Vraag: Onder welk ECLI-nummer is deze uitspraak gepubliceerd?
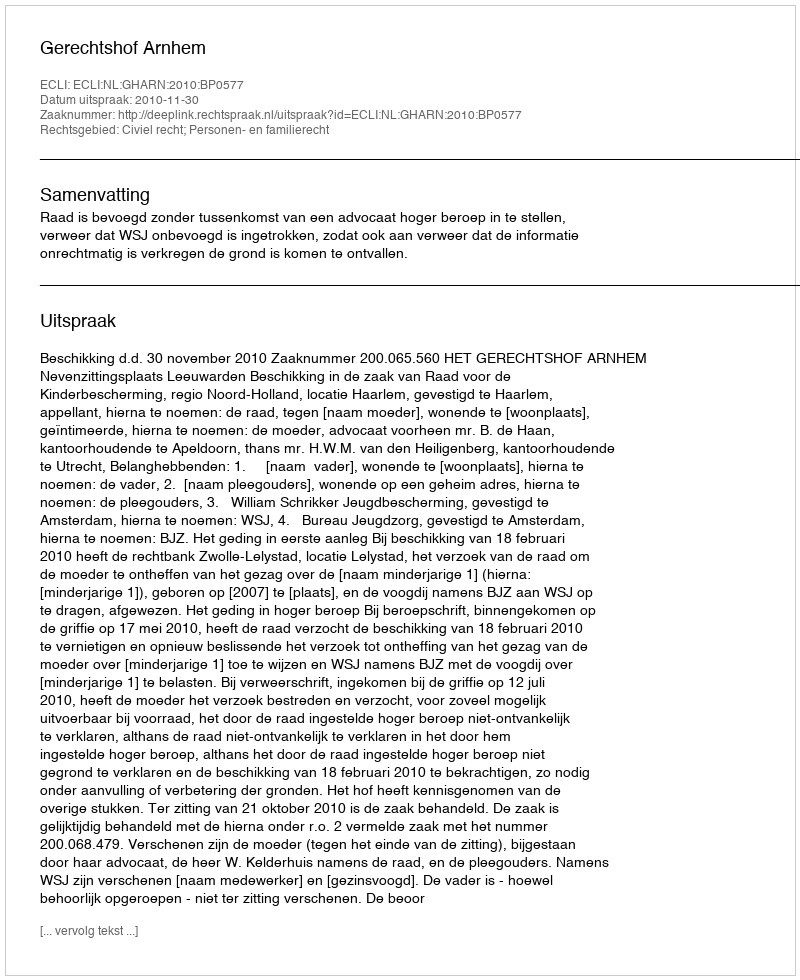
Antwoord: ECLI:NL:GHARN:2010:BP0577